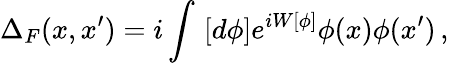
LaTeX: \Delta_{F}(x,x^{\prime})=i\int\, \left[d\phi\right]e^{iW[\phi]}\phi(x)\phi(x^{\prime})\, ,